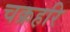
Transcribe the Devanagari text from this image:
चक्रहरि